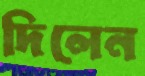
দিলেন